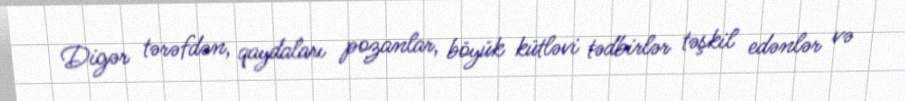
Digər tərəfdən, qaydaları pozanlar, böyük kütləvi tədbirlər təşkil edənlər və